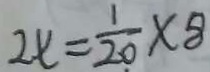
2 x = \frac { 1 } { 2 0 } \times 8